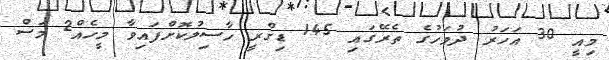
މިއީ 30 އަހަރު ދުވަހުގެ ތެރޭގައި 145 ޑިގްރީ ހާސިލުކޮށްފައިވާ މީހެއް2 މަސް